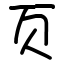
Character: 页